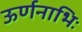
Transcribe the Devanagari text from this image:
ऊर्णनाभिः